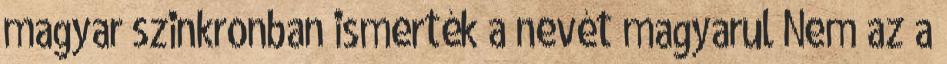
magyar szinkronban ismerték a nevét magyarul Nem az a